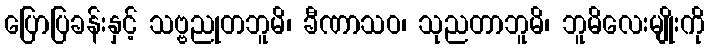
ပြောပြခန်းနှင့် သဗ္ဗညုတဘူမိ၊ ခီဏာသဝ၊ သုညတာဘူမိ၊ ဘူမိလေးမျိုးကို